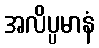
အလိပ္ပမာနံ